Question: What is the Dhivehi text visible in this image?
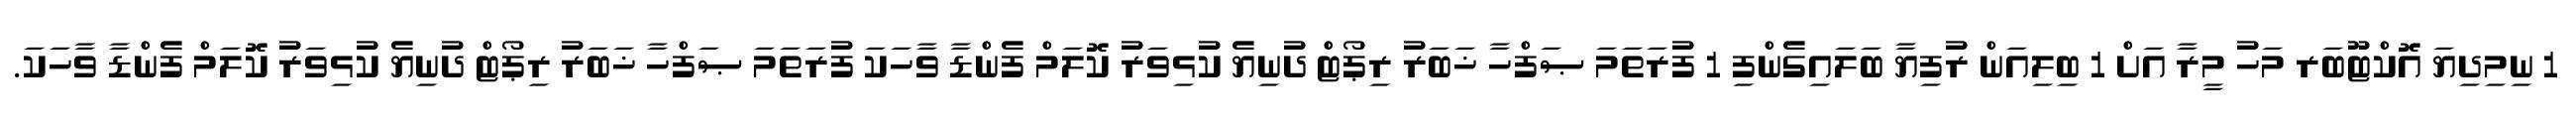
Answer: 1 ނިމިދިޔަ އޮކްޓޫބަރ މަހު މީރާ އަށް 1 ބިލިއަން ރުފިޔާ ބަލައިގެންފި 1 ފުރަތަމަ ޞަފްހާ ޚަބަރު ރިޕޯޓް ދުނިޔެ ކުޅިވަރު ކޮލަމް ފެންޑާ ވާހަކަ ފުރަތަމަ ޞަފްހާ ޚަބަރު ރިޕޯޓް ދުނިޔެ ކުޅިވަރު ކޮލަމް ފެންޑާ ވާހަކަ.